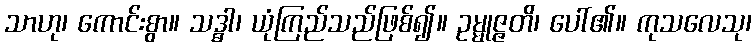
သာဟု၊ ကောင်းစွာ။ သဒ္ဓါ၊ ယုံကြည်သည်ဖြစ်၍။ ဥမ္မုဇ္ဇတိ၊ ပေါ်၏။ ကုသလေသု၊